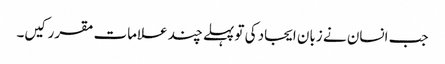
جب انسان نے زبان ایجاد کی تو پہلے چند علامات مقرر کیں۔